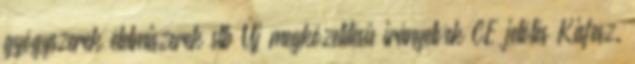
gyógyszerek élelmiszerek stb Új megközelítésű irányelvek CE jelölés Kisfesz.